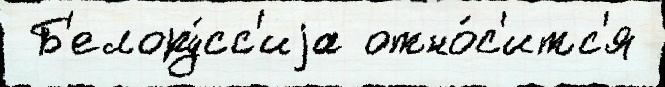
 Б'елору́сс'иjа отно́с'итс'я